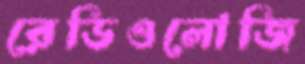
রেডিওলোজি